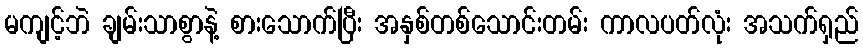
မကျင့်ဘဲ ချမ်းသာစွာနဲ့ စားသောက်ပြီး အနှစ်တစ်သောင်းတမ်း ကာလပတ်လုံး အသက်ရှည်